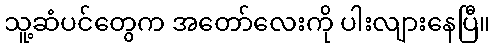
သူ့ဆံပင်တွေက အတော်လေးကို ပါးလျားနေပြီ။